Black-water fever - Number 35
Disease focus: Fever
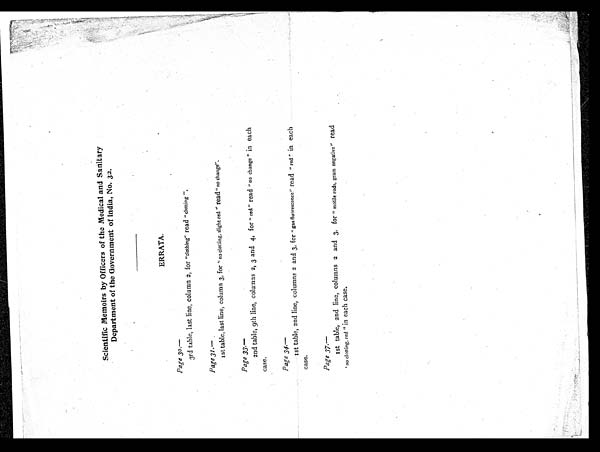
Scientific Memoirs by Officers of the Medical and Sanitary
Department of the Government of India, No. 32.
ERRATA .
Page 30.
—
3rd table, last line, column 2, for "clothing" read " clotting".
Page 31.—
1st table, last line, column 3, for " no clotting, slight red " read " no change".
Page 33.—
2nd table, 9th line, columns 2, 3 and 4, for " red " read "no change " in each
case.
Page 34. —
1st table, 2nd line, columns 2 and 3, for " gas fluorescence" read "red" in each
case.
Page 37. —
1st table, 2nd line, columns 2 and 3, for " motile rods, gram negative" read
'no clotting, red" in each case.